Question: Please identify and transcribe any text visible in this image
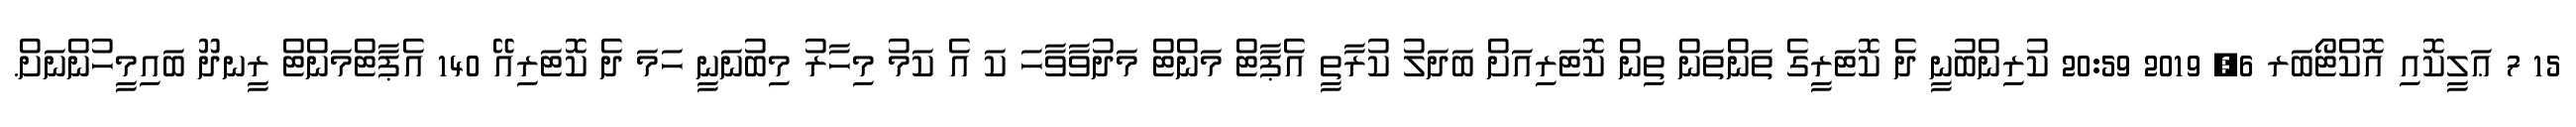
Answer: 15 7 ޢަލީކޮއި އޮކްޓޯބަރ 6, 2019 20:59 ކުރިންބުނީ ދެ ކޮޓަރީގެ ތަންތަން ތިން ކޮޓަރިއަށް ބަދަލު ކުރާތީ އެޕާޓް މަންޓް މަދުވާވާހަ ކަ އެ ކަމު މިހާރު މިބުނަނީ ހަމަ ދެ ކޮޓަރިއޭ 140 އެޕާޓްމަންޓް ރީނދޫ ބައިމީހުންނަށް.